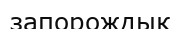
запорождық